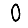
Digit: 0